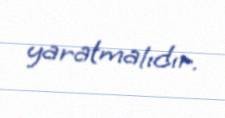
yaratmalıdır.